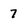
Character: 7